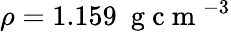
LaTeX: \rho=1.159~\mathrm{~g~c~m~}^{-3}